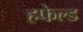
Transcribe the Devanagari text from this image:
हफेल्ड